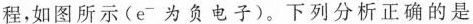
程，如图所示(e^{-}为负电子)。下列分析正确的是